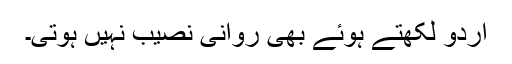
اُردو لکھتے ہوئے بھی روانی نصیب نہیں ہوتی۔